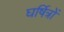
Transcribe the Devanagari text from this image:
घर्षित्रों